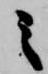
之